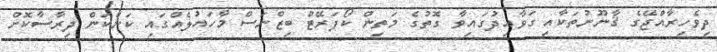
ދިވެހިރާއްޖޭގެ ޤާނޫނުތަކާއި ގަވާއިދުގައިވާ ގޮތުގެ މަތިން ކޯޕަރޭޓް ބިޒްނަސް މާހައުލެއްގައި ކަންކަން ދިރާސާކޮށް